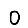
Digit: 0